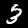
Digit: 3